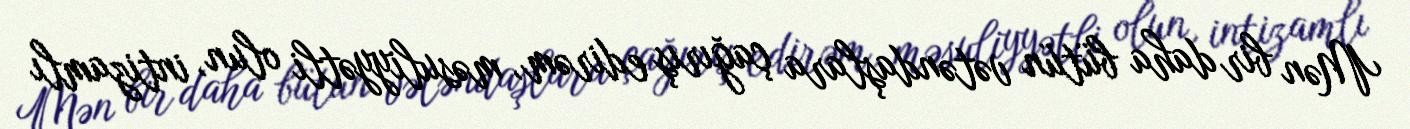
Mən bir daha bütün vətəndaşlara çağırış edirəm, məsuliyyətli olun, intizamlı